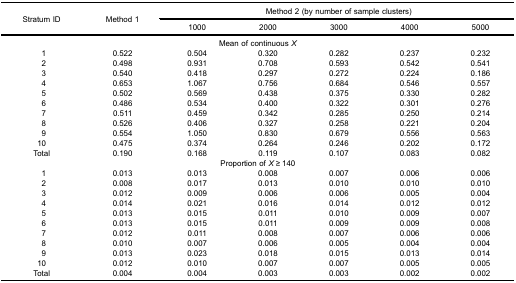
<table><thead><tr><td rowspan="3"><b>Stratum ID</b></td><td rowspan="3"><b>Method 1</b></td><td colspan="5"><b>Method 2 (by number of sample clusters)</b></td></tr><tr><td><b>1000</b></td><td><b>2000</b></td><td><b>3000</b></td><td><b>4000</b></td><td><b>5000</b></td></tr></thead><tbody><tr><td colspan="7">Mean of continuous <i>X</i></td></tr><tr><td>1</td><td>0.522</td><td>0.504</td><td>0.320</td><td>0.282</td><td>0.237</td><td>0.232</td></tr><tr><td>2</td><td>0.498</td><td>0.931</td><td>0.708</td><td>0.593</td><td>0.542</td><td>0.541</td></tr><tr><td>3</td><td>0.540</td><td>0.418</td><td>0.297</td><td>0.272</td><td>0.224</td><td>0.186</td></tr><tr><td>4</td><td>0.653</td><td>1.067</td><td>0.756</td><td>0.684</td><td>0.546</td><td>0.557</td></tr><tr><td>5</td><td>0.502</td><td>0.569</td><td>0.438</td><td>0.375</td><td>0.330</td><td>0.282</td></tr><tr><td>6</td><td>0.486</td><td>0.534</td><td>0.400</td><td>0.322</td><td>0.301</td><td>0.276</td></tr><tr><td>7</td><td>0.511</td><td>0.459</td><td>0.342</td><td>0.285</td><td>0.250</td><td>0.214</td></tr><tr><td>8</td><td>0.526</td><td>0.406</td><td>0.327</td><td>0.258</td><td>0.221</td><td>0.204</td></tr><tr><td>9</td><td>0.554</td><td>1.050</td><td>0.830</td><td>0.679</td><td>0.556</td><td>0.563</td></tr><tr><td>10</td><td>0.475</td><td>0.374</td><td>0.264</td><td>0.246</td><td>0.202</td><td>0.172</td></tr><tr><td>Total</td><td>0.190</td><td>0.168</td><td>0.119</td><td>0.107</td><td>0.083</td><td>0.082</td></tr><tr><td colspan="7">Proportion of <i>X</i> ≥ 140</td></tr><tr><td>1</td><td>0.013</td><td>0.013</td><td>0.008</td><td>0.007</td><td>0.006</td><td>0.006</td></tr><tr><td>2</td><td>0.008</td><td>0.017</td><td>0.013</td><td>0.010</td><td>0.010</td><td>0.010</td></tr><tr><td>3</td><td>0.012</td><td>0.009</td><td>0.006</td><td>0.006</td><td>0.005</td><td>0.004</td></tr><tr><td>4</td><td>0.014</td><td>0.021</td><td>0.016</td><td>0.014</td><td>0.012</td><td>0.012</td></tr><tr><td>5</td><td>0.013</td><td>0.015</td><td>0.011</td><td>0.010</td><td>0.009</td><td>0.007</td></tr><tr><td>6</td><td>0.013</td><td>0.015</td><td>0.011</td><td>0.009</td><td>0.009</td><td>0.008</td></tr><tr><td>7</td><td>0.012</td><td>0.011</td><td>0.008</td><td>0.007</td><td>0.006</td><td>0.006</td></tr><tr><td>8</td><td>0.010</td><td>0.007</td><td>0.006</td><td>0.005</td><td>0.004</td><td>0.004</td></tr><tr><td>9</td><td>0.013</td><td>0.023</td><td>0.018</td><td>0.015</td><td>0.013</td><td>0.014</td></tr><tr><td>10</td><td>0.012</td><td>0.010</td><td>0.007</td><td>0.007</td><td>0.005</td><td>0.005</td></tr><tr><td>Total</td><td>0.004</td><td>0.004</td><td>0.003</td><td>0.003</td><td>0.002</td><td>0.002</td></tr></tbody></table>